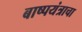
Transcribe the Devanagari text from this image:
बाष्पयंत्राचा